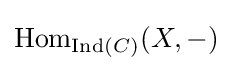
\operatorname {Hom} _{\operatorname {Ind} (C)}(X,-)